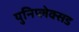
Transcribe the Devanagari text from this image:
युनिप्लेक्सड